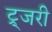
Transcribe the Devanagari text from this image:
ट्र्जरी